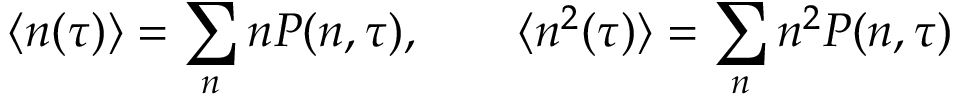
\langle n ( \tau ) \rangle = \sum _ { n } n P ( n , \tau ) , \qquad \langle n ^ { 2 } ( \tau ) \rangle = \sum _ { n } n ^ { 2 } P ( n , \tau )